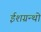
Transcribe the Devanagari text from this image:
ईशग्रन्थो